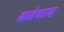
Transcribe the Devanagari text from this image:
कहेवाय